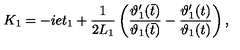
K _ { 1 } = - i e t _ { 1 } + \frac { 1 } { 2 L _ { 1 } } \left( \frac { \vartheta _ { 1 } ^ { \prime } ( \bar { t } ) } { \vartheta _ { 1 } ( \bar { t } ) } - \frac { \vartheta _ { 1 } ^ { \prime } ( t ) } { \vartheta _ { 1 } ( t ) } \right) ,